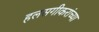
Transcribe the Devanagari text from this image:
हलसगीकरांच्या